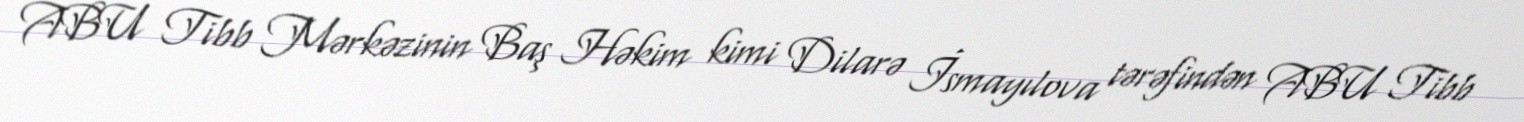
ABU Tibb Mərkəzinin Baş Həkim kimi Dilarə İsmayılova tərəfindən ABU Tibb